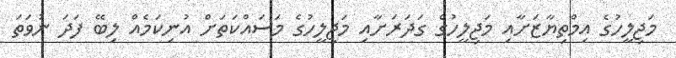
މަޖިލީހުގެ އިމްތިޔާޒަށާއި މަޖިލީހުގެ ގަދަރަށާއި މަޖިލީހުގެ މަސައްކަތަށް އުނިކަމެއް ލިބޭ ފަދަ ނުވަތަ